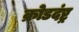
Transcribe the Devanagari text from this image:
क्रोडदंष्ट्र